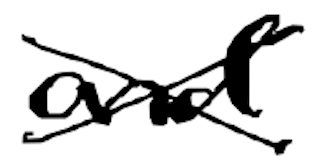
Text: and
Cross-out: mix
Writing tool: digital_black